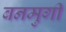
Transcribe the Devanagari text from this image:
बनमुर्गी